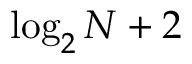
\log _ { 2 } N + 2